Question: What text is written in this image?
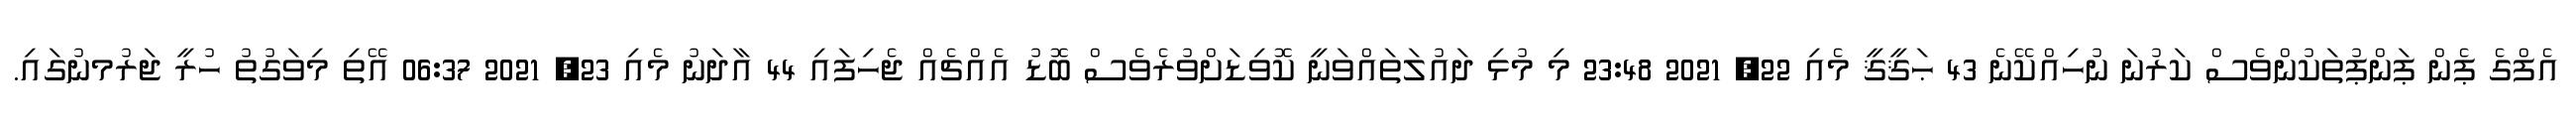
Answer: އެފްގެ ޕެން ޕަންޕުތަކުންވެސް ކަރުނަ ނުހިއްކޭނެ 43 ޙަޤީޤީ މެއި 22, 2021 23:48 މި މުޅި ދައުލަތައްވަނީ ކޮވިޑަށްވުރެވެސް ބޮޑު އެއްޗެއް ޖެހިފައި 44 އާދަނު މެއި 23, 2021 06:37 އޭތި މިވަގުތު ހުރީ ޖަރުމނުގައި.